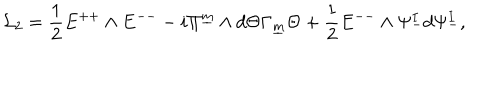
{ \cal L } _ { 2 } = { \frac { 1 } { 2 } } E ^ { + + } \wedge E ^ { -- } - i \Pi ^ { \underline { { { m } } } } \wedge d \Theta \Gamma _ { \underline { { { m } } } } \Theta + { \frac { 1 } { 2 } } E ^ { -- } \wedge \Psi _ { - } ^ { I } d \Psi _ { - } ^ { I } , \qquad